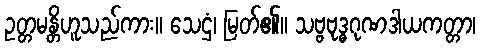
ဥတ္တမန္တိဟူသည်ကား။ သေဌံ၊ မြတ်၏။ သဗ္ဗဗုဒ္ဓဂုဏဒါယကတ္တာ၊